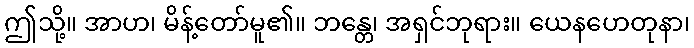
ဤသို့။ အာဟ၊ မိန့်တော်မူ၏။ ဘန္တေ၊ အရှင်ဘုရား။ ယေနဟေတုနာ၊